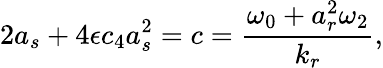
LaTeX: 2a_{s}+4\epsilon c_{4}a_{s}^{2}=c=\frac{\omega_{0}+a_{r}^{2}\omega_{2}}{k_{r}},